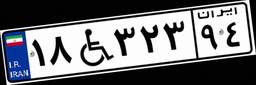
۶۳W۸۱۱۱۲